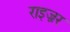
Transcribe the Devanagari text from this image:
राइज़र